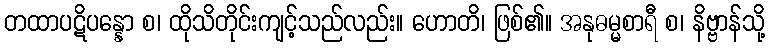
တထာပဋိပန္နော စ၊ ထိုသိတိုင်းကျင့်သည်လည်း။ ဟောတိ၊ ဖြစ်၏။ အနုဓမ္မစာရီ စ၊ နိဗ္ဗာန်သို့